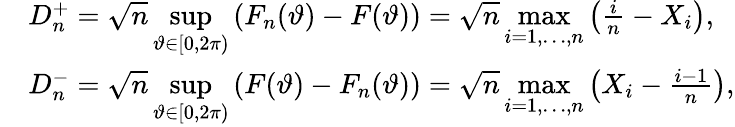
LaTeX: \begin{array}{rl}&{D_{n}^{+}=\sqrt{n}\underset{\vartheta\in[0,2\pi)}{\operatorname*{sup}}\left(F_{n}(\vartheta)-F(\vartheta)\right)=\sqrt{n}\underset{i=1,\ldots,n}{\operatorname*{max}}\left(\frac{i}{n}-X_{i}\right),}\\ &{D_{n}^{-}=\sqrt{n}\underset{\vartheta\in[0,2\pi)}{\operatorname*{sup}}\left(F(\vartheta)-F_{n}(\vartheta)\right)=\sqrt{n}\underset{i=1,\ldots,n}{\operatorname*{max}}\left(X_{i}-\frac{i-1}{n}\right),}\end{array}